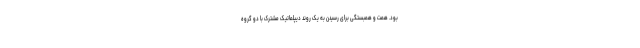
بود. همت و همبستگی برای رسیدن به یک روند دیپلماتیک مشترک با دو گروه